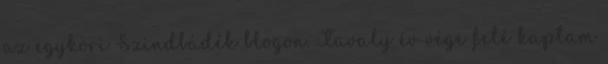
az egykori Szindbádék blogon. Tavaly év vége felé kaptam